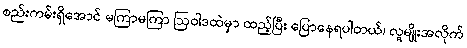
စည်းကမ်းရှိအောင် မကြာမကြာ ဩဝါဒထဲမှာ ထည့်ပြီး ပြောနေရပါတယ်၊ လူမျိုးအလိုက်